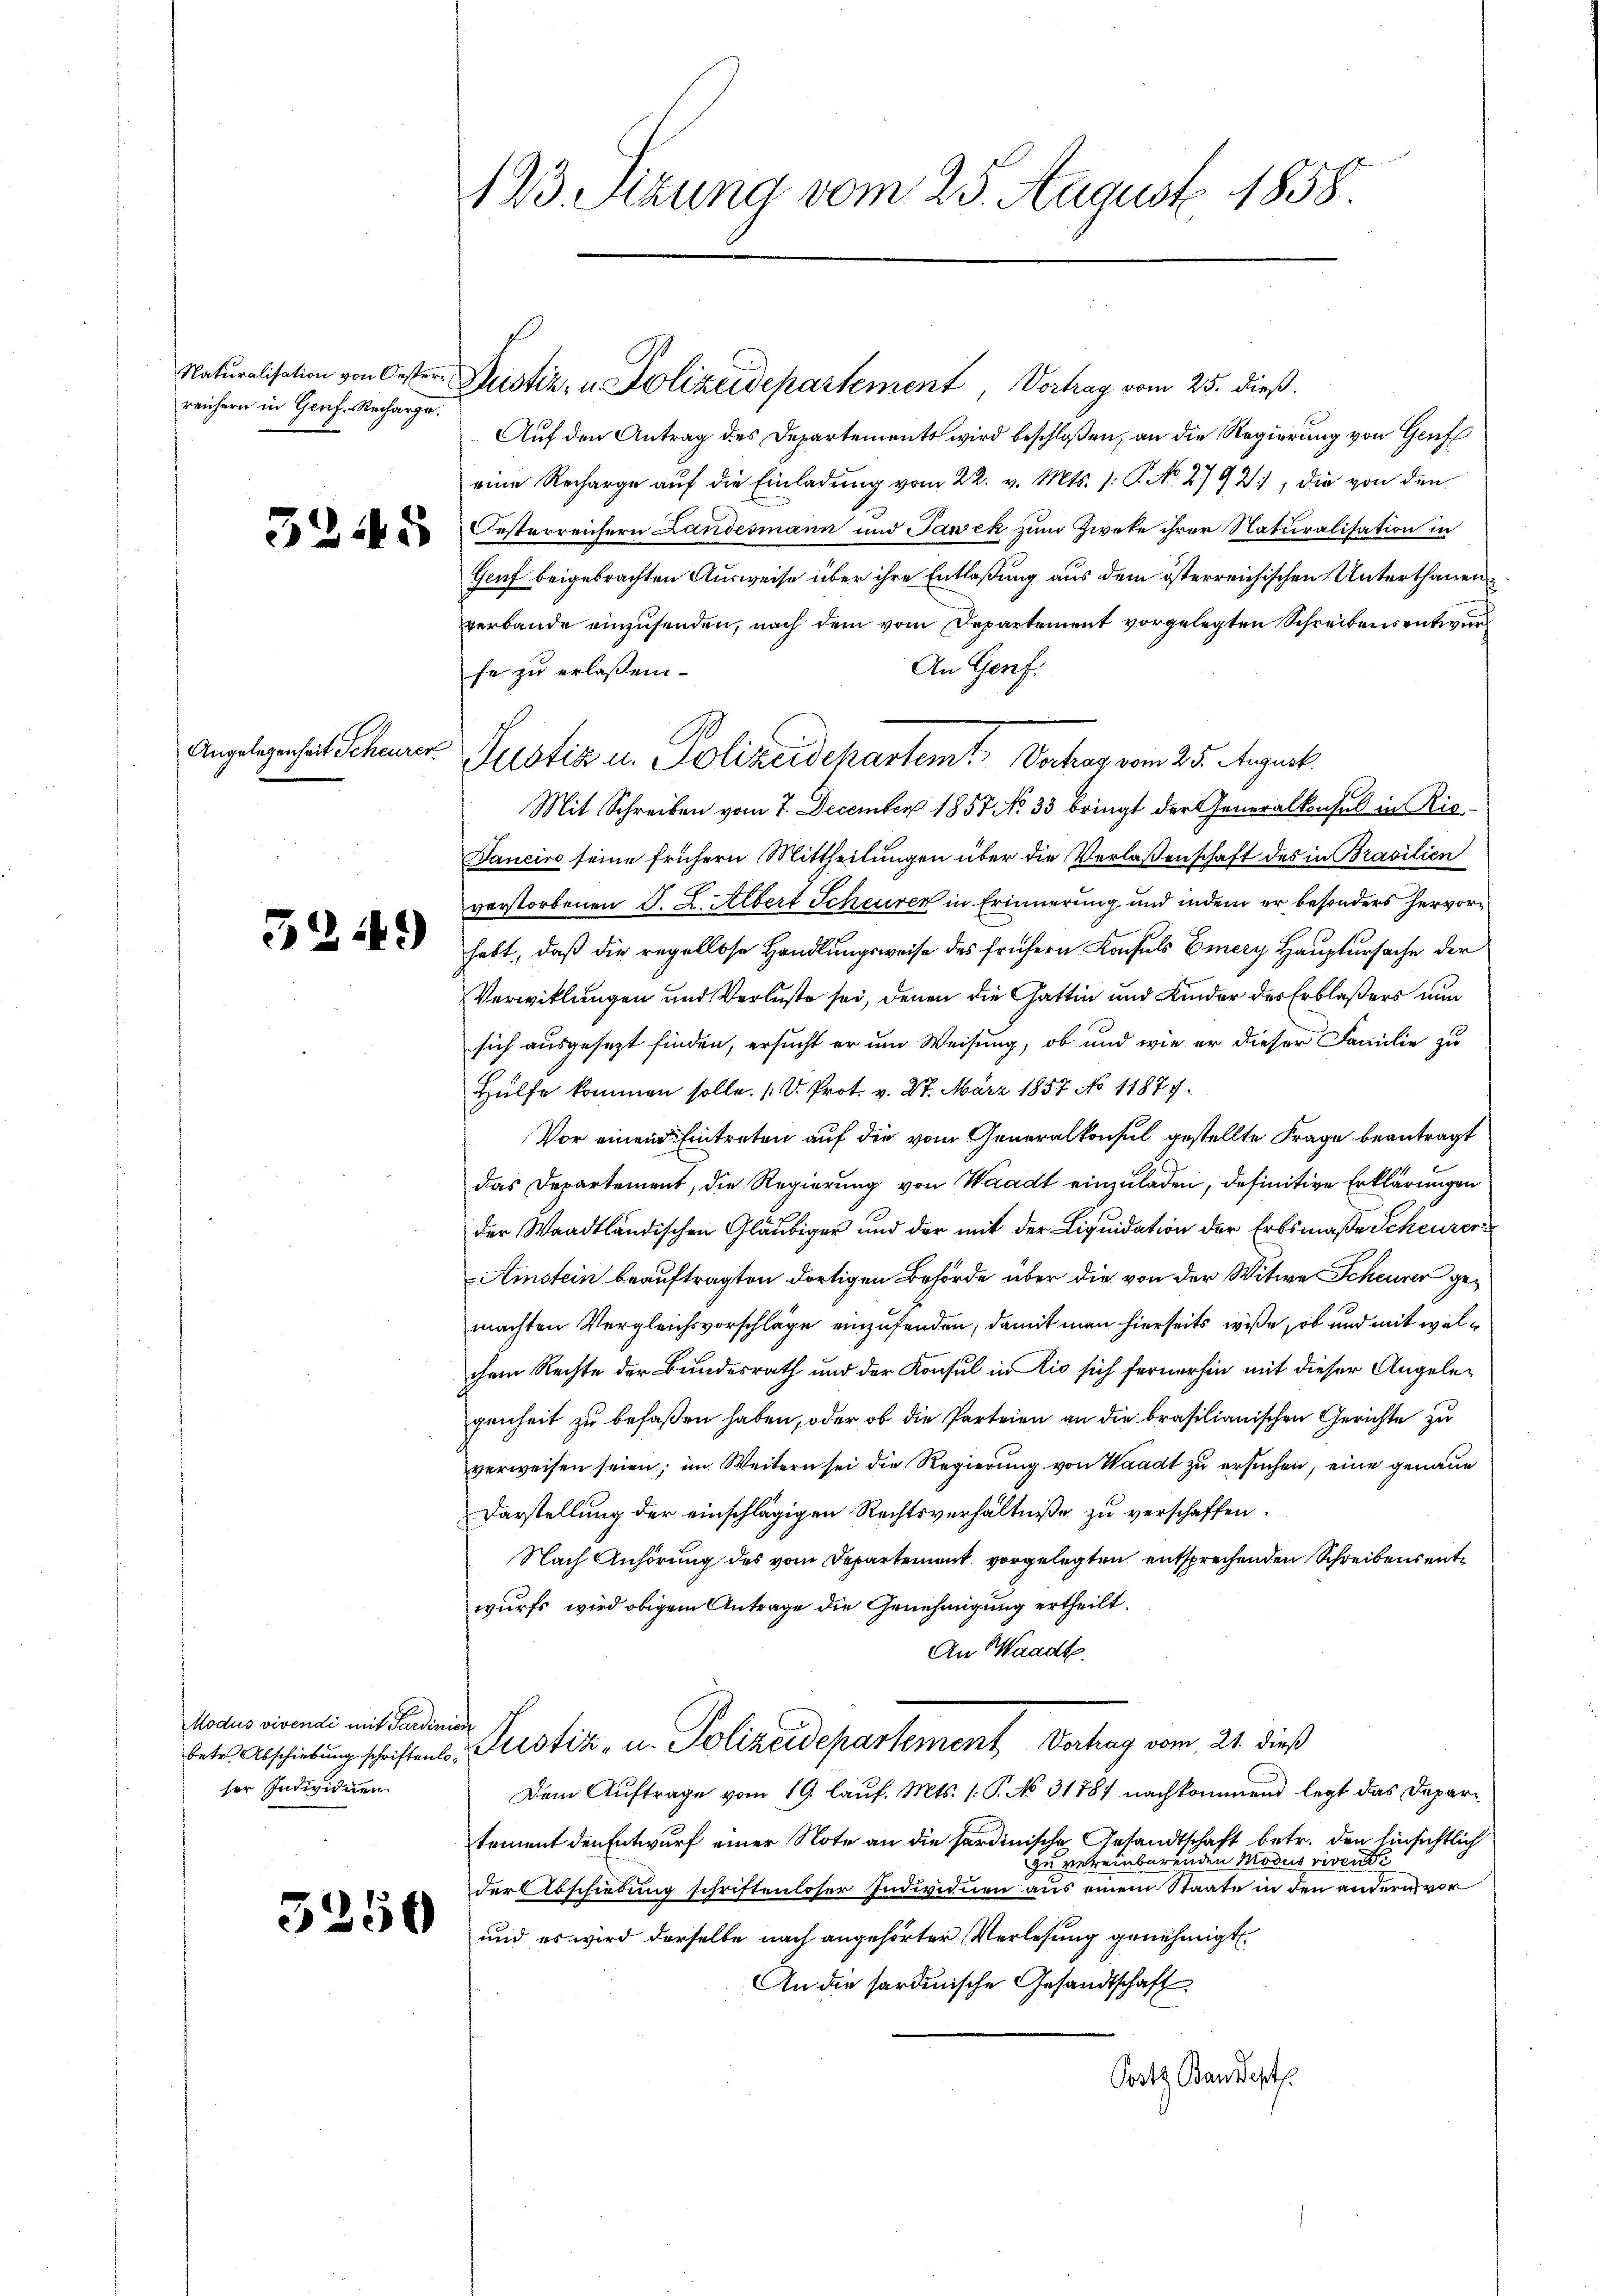
Naturalisation von Oesterreichern in Genf. Recharge.

3245

Angelegenheit Scheurer

3244)

Modus vivendi mit Sardinien
ser Individuen.

5250

123. Sizung vom 25. August 1858

Justiz- u Polizeidepartement, Vortrag vom 25. dieß.
Auf den Antrag des Departements wird beschloßen, an die Regierung von Grufs
eine Recharge aŭf die Einladŭng vom 22. v. Mts. 1: P. No. 2793), die von den
Oesterreichern Landesmann und Jawek zum Zweke ihrer Naturalisation in
Genf beigebrachten Ausweise über ihre Entlaßung aus dem österreichischen Unterthanen
verbande einzusenden, nach dem vom Departement vorgelegten Schreibens entwurf
An Genf.
fe zu erlaßen
Mit Schreiben vom 7. December 1857 No 33 bringt der Generalkonsul in Rie¬
Janeiro seine frühern Mittheilungen über die Verlaßenschaft des in Brasilien
verstorbenen J. L. Albert Scheuren in Erinnerung und indem er besonders hervorhabt, daß die regellose Handlungsweise des frühern Konsuls Emery Hauptursache der
Verwitlungen und Verluste sei, denen die Gattin und Kinder des Erblaßers nun
sich ausgesezt finden, ersucht er um Weisung, ob und wie er dieser Familie zu
Hülfe kommen solle. (V. Prot. v. 27. März 1857 No 11877.
Vor einem Eintreten auf die vom Generalkonsul gestellte Frage beantragt
das Departement, die Regierung von Waadt einzuladen, definitive Erklärungen
der Waadtländischen Gläubiger und der mit der Liquidation der Erbsmaße Scheurer
Amstein beauftragten dortigen Behörde über die von der Witwe Scheurer gemachten Vergleichsvorschläge einzusenden, damit man hierseits wiße, ob und mit welchem Rechte der Bundesrath und der Konsul in lio sich fernerhin mit dieser Angelegenheit zu befaßen haben, oder ob die Parteien an die brasilianischen Gerichte zu
verweisen seien; im Weitern sei die Regierung von Waadt zu ersuchen, eine genaue
Darstellung der einschlägigen Rechtsverhältniße zu verschaffen.
Nach Anhörung des vom Departement vorgelegten entsprechenden Schreibens entwurfs wird obigem Antrage die Genehmigung ertheilt.
An Waadt.
betr. Abschiebung schriften Pristiz- u. Polizeidepartement Verhag vom 21. dieß
Dem Auftrage vom 19. Lauf. Mts. 1. P. No. 31787 nachkommend legt das Departament den Entwurf einer Note an die hardinische Gesandtschaft betr. den hinsichtlich
zu vereinbarenden Modus vivent
der Abschiebung schriftenloser Individuen aus einem Staate in den andern vor
und es wird derselbe nach angehörter Verlesung genehmigt.
An die sardinische Gesandtschaft
Posts Bandert.

Justiz u. Polizeidchartem Verhag vom 25. August.